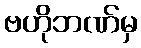
ဗဟိုဘဏ်မှ